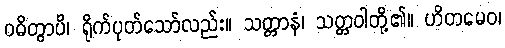
ဝဓိတွာပိ၊ ရိုက်ပုတ်သော်လည်း။ သတ္တာနံ၊ သတ္တဝါတို့၏။ ဟိတမေဝ၊